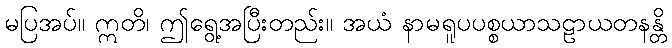
မပြအပ်။ ဣတိ၊ ဤရွေ့အပြီးတည်း။ အယံ နာမရူပပစ္စယာသဠာယတနန္တိ